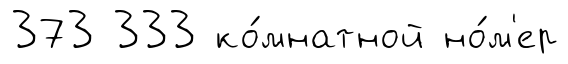
373 333 ко́мнатной но́м'ер